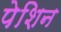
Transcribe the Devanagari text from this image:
पेशिन